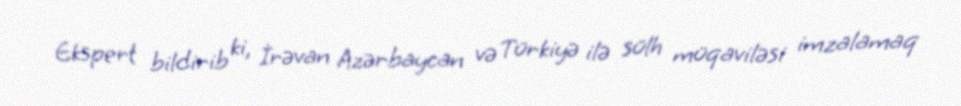
Ekspert bildirib ki, İrəvan Azərbaycan və Türkiyə ilə sülh müqaviləsi imzalamaq